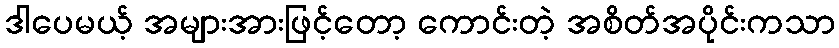
ဒါပေမယ့် အများအားဖြင့်တော့ ကောင်းတဲ့ အစိတ်အပိုင်းကသာ